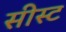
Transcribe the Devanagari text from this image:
सीस्ट